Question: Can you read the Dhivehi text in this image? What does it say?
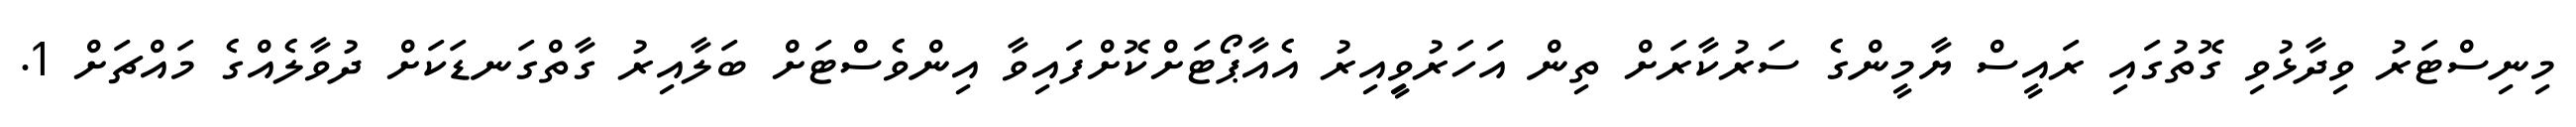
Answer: މިނިސްޓަރު ވިދާޅުވި ގޮތުގައި ރައީސް ޔާމީންގެ ސަރުކާރަށް ތިން އަހަރުވީިއިރު އެއާޕޯޓަށްކޮށްފައިވާ އިންވެސްޓަށް ބަލާއިރު ގާތްގަނޑަކަށް ދުވާލެއްގެ މައްޗަށް 1.